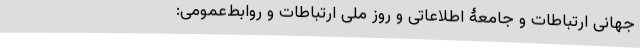
جهانی ارتباطات و جامعۀ اطلاعاتی و روز ملی ارتباطات و روابط‌عمومی: